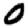
Digit: 0